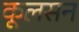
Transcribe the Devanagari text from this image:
कूलसन